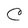
Character: C